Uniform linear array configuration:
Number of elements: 8
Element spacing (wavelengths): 0.25
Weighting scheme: binomial
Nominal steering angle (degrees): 0
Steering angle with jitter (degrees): -1.593
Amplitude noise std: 0.05
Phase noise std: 0.05

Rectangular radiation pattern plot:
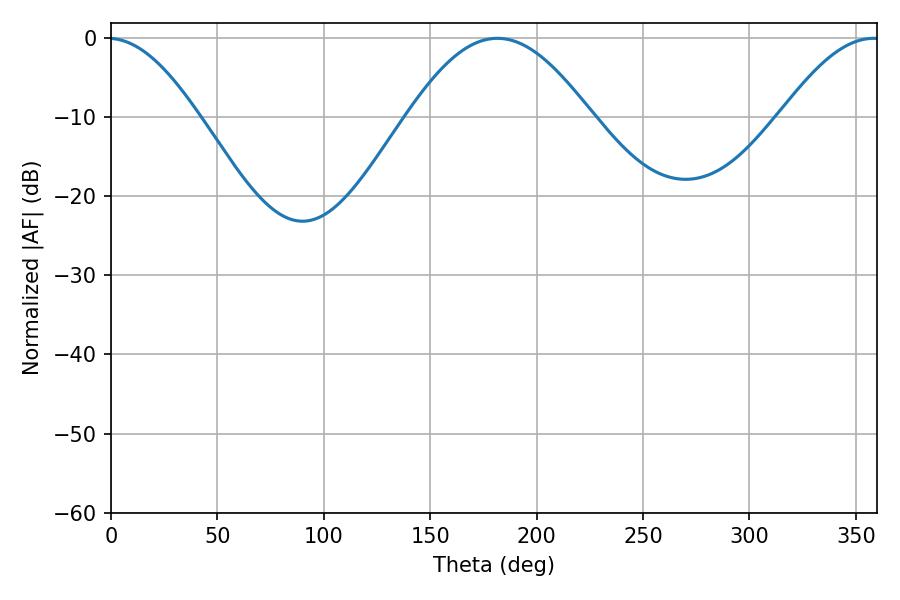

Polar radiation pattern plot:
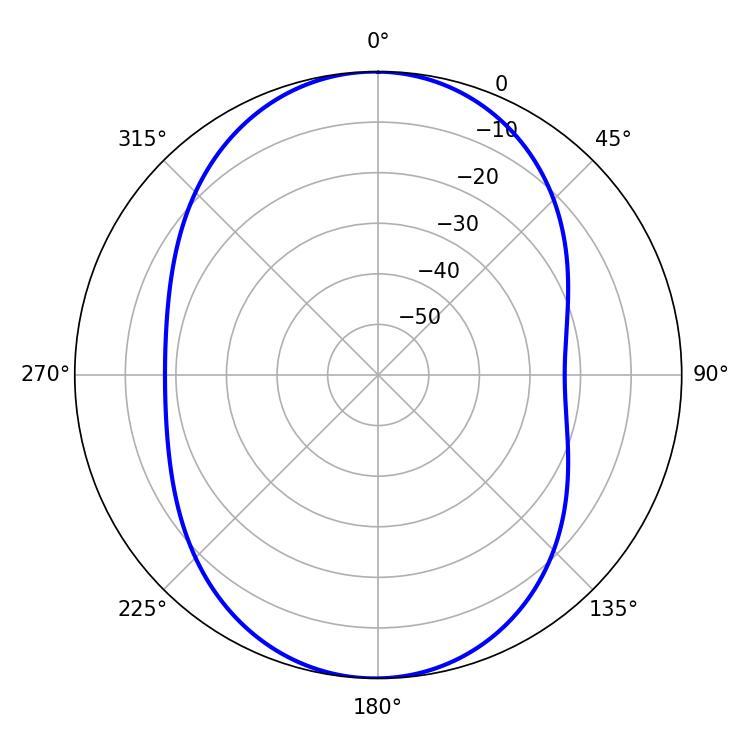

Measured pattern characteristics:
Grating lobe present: FALSE
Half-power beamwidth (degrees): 46.44
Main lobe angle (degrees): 181.62